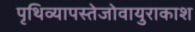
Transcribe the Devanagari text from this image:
पृथिव्यापस्तेजोवायुराकाश